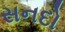
સનદો